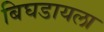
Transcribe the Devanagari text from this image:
बिघडायला